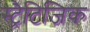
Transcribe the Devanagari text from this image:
स्ट्रैटिजिक